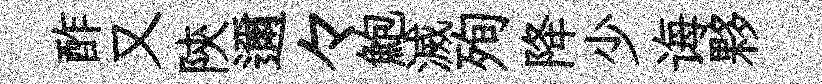
酢又陝邇々鮑滅殉降少诲夥